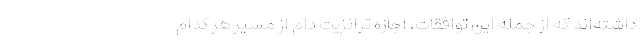
داشته‌اند که از جمله این توافقات، اجازه ترانزیت دام از مسیر هر کدام